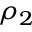
\rho _ { 2 }